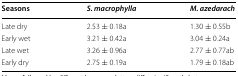
<table><thead><tr><td><b>Seasons</b></td><td><b><i>S. macrophylla</i></b></td><td><b><i>M. azedarach</i></b></td></tr></thead><tbody><tr><td>Late dry</td><td>2.53 ± 0.18a</td><td>1.30 ± 0.55b</td></tr><tr><td>Early wet</td><td>3.21 ± 0.42a</td><td>3.04 ± 0.24a</td></tr><tr><td>Late wet</td><td>3.26 ± 0.96a</td><td>2.77 ± 0.77ab</td></tr><tr><td>Early dry</td><td>2.75 ± 0.19a</td><td>1.79 ± 0.18ab</td></tr></tbody></table>